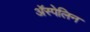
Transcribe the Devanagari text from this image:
अॅस्पेलिन